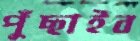
পুঁছাইব